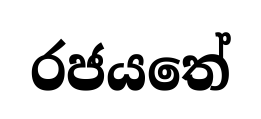
රජයතේ